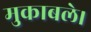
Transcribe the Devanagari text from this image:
मुकाबले।